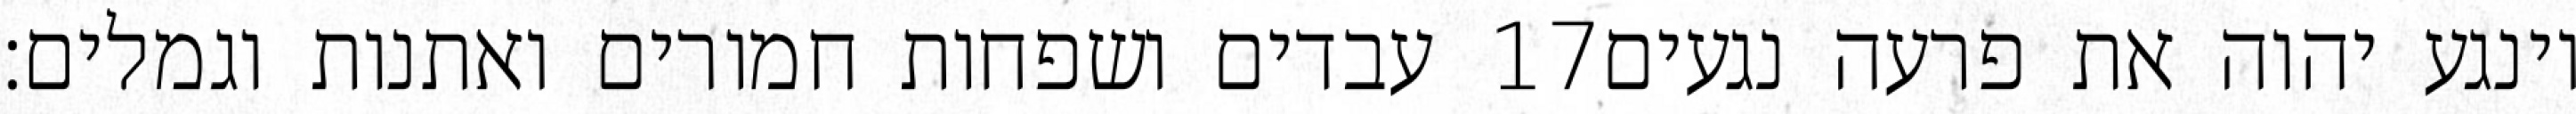
עבדים ושפחות חמורים ואתנות וגמלים׃ ‎17‏ וינגע יהוה את פרעה נגעים